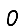
Digit: 0